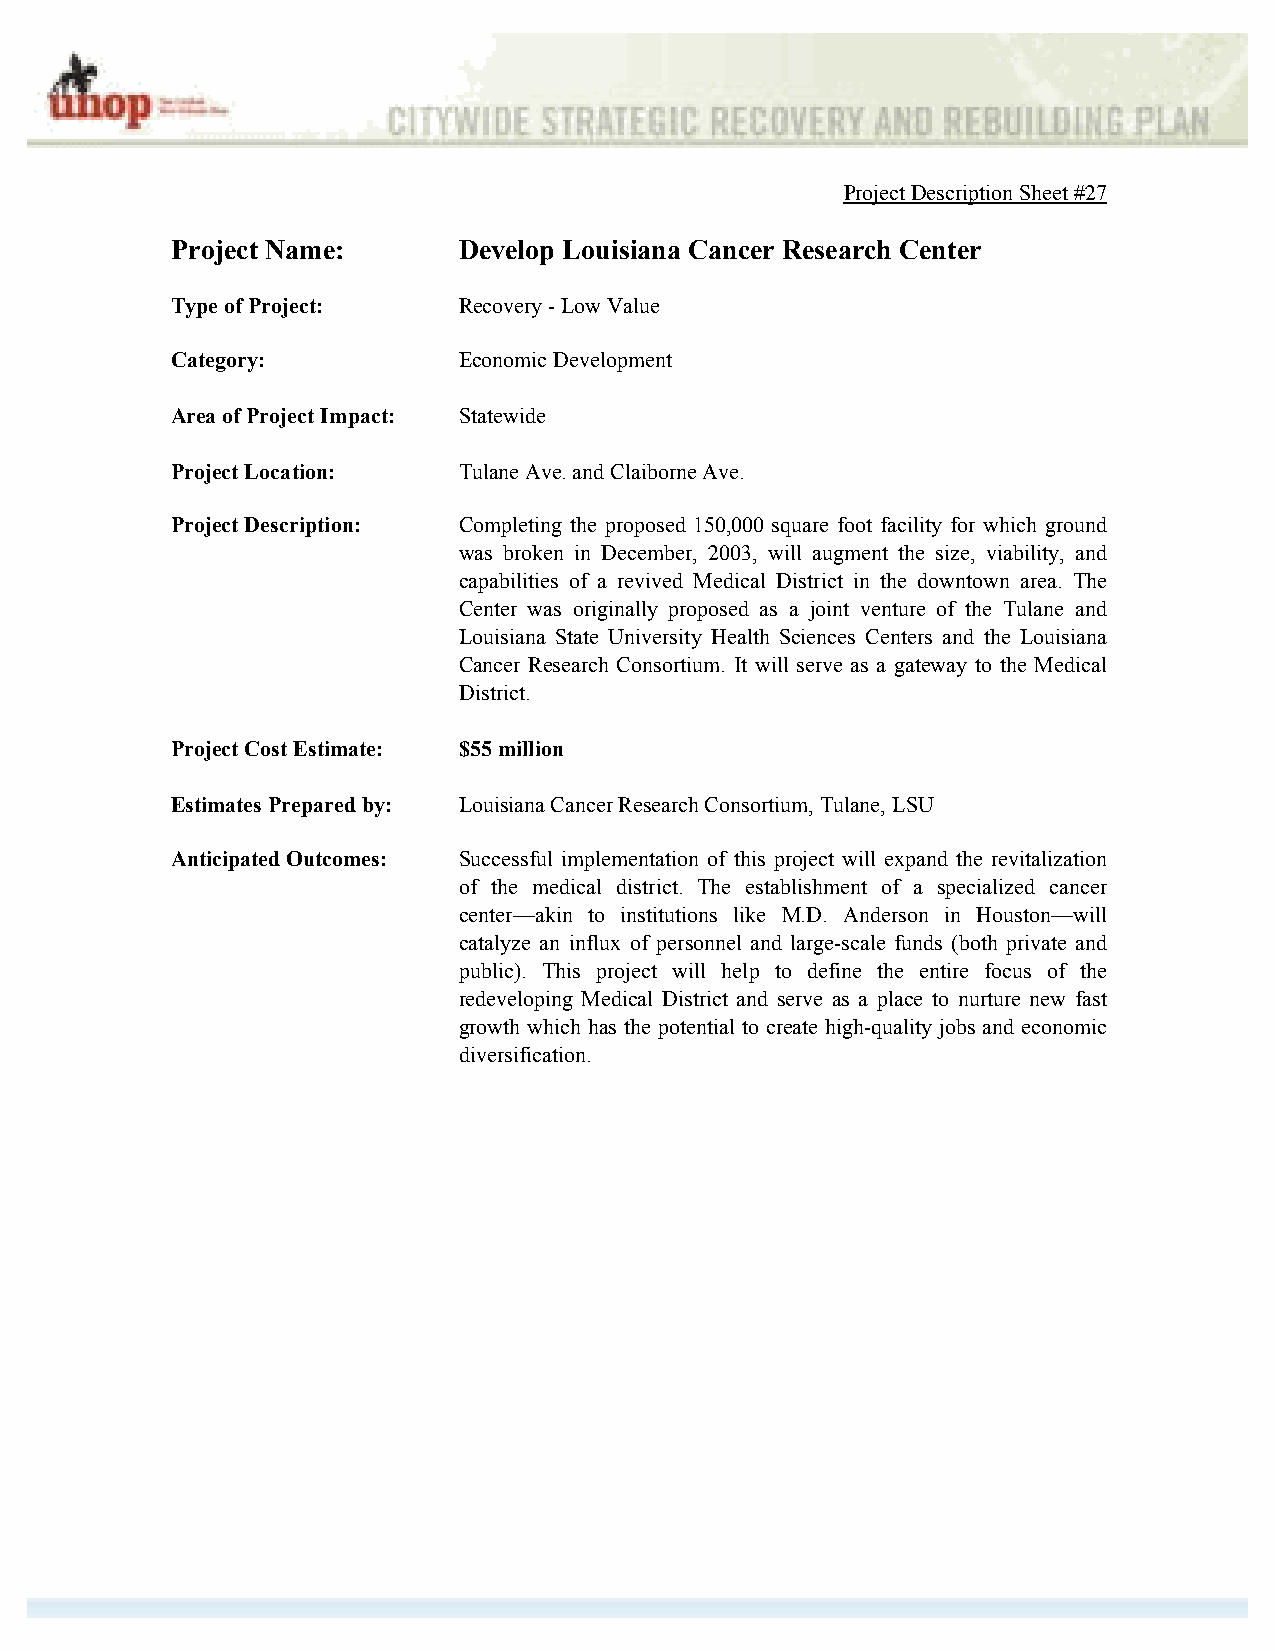
Project Description Sheet #27
 Project Name:      Develop Louisiana Cancer Research Center
 Type of Project:   Recovery - Low Value
 Category:          Economic Development
 Area of Project Impact: Statewide
 Project Location:  Tulane Ave. and Claiborne Ave.
 Project Description: Completing the proposed 150,000 square foot facility for which ground
 was broken in December, 2003, will augment the size, viability, and
 capabilities of a revived Medical District in the downtown area. The
 Center was originally proposed as a joint venture of the Tulane and
 Louisiana State University Health Sciences Centers and the Louisiana
 Cancer Research Consortium. It will serve as a gateway to the Medical
 District.
 Project Cost Estimate: $55 million
 Estimates Prepared by: Louisiana Cancer Research Consortium, Tulane, LSU
 Anticipated Outcomes: Successful implementation of this project will expand the revitalization
 of the medical district. The establishment of a specialized cancer
 center—akin to institutions like M.D. Anderson in Houston—will
 catalyze an influx of personnel and large-scale funds (both private and
 public). This project will help to define the entire focus of the
 redeveloping Medical District and serve as a place to nurture new fast
 growth which has the potential to create high-quality jobs and economic
 diversification.